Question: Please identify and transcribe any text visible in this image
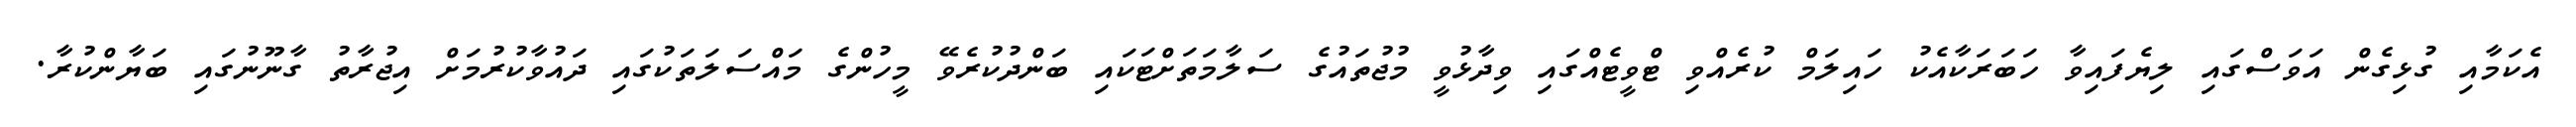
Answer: އެކަމާއި ގުޅިގެން އަވަސްގައި ލިޔެފައިވާ ހަބަރަކާއެކު ހައިލަމް ކުރެއްވި ޓްވީޓެއްގައި ވިދާޅުވީ މުޖުތައުގެ ސަލާމަތަށްޓަކައި ބަންދުކުރެވޭ މީހުންގެ މައްސަލަތަކުގައި ދައުވާކުރުމަށް އިޖުރާތު ގާނޫނުގައި ބަޔާންކުރާ.